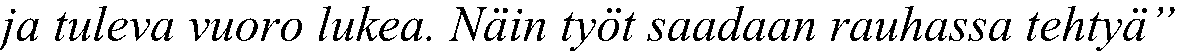
ja tuleva vuoro lukea. Näin työt saadaan rauhassa tehtyä”